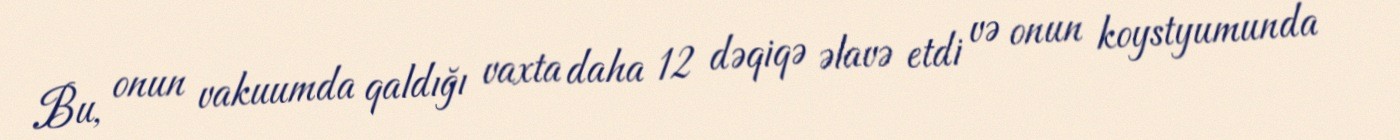
Bu, onun vakuumda qaldığı vaxta daha 12 dəqiqə əlavə etdi və onun koystyumunda